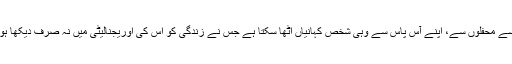
اخبارات سے، راستوں سے محفلوں سے، اپنے آس پاس سے وہی شخص کہانیاں اٹھا سکتا ہے جس نے زندگی کو اس کی اوریجنالیٹی میں نہ صرف دیکھا ہو بلکہ اسے برتا بھی ہو۔